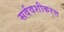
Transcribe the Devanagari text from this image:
सर्ववशीकरण